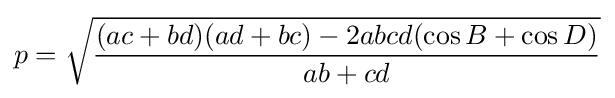
p={\sqrt {\frac {(ac+bd)(ad+bc)-2abcd(\cos {B}+\cos {D})}{ab+cd}}}